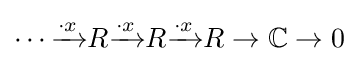
\cdots {\xrightarrow {\cdot x}}R{\xrightarrow {\cdot x}}R{\xrightarrow {\cdot x}}R\to \mathbb {C} \to 0